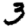
Digit: 3